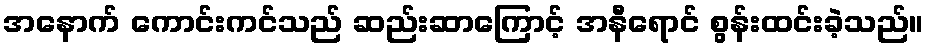
အနောက် ကောင်းကင်သည် ဆည်းဆာကြောင့် အနီရောင် စွန်းထင်းခဲ့သည်။